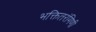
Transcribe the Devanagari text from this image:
भक्तितरंगिणी